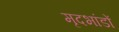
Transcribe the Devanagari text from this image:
मृदभांडों